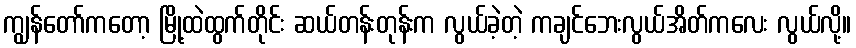
ကျွန်တော်ကတော့ မြို့ထဲထွက်တိုင်း ဆယ်တန်းတုန်းက လွယ်ခဲ့တဲ့ ကချင်ဘေးလွယ်အိတ်ကလေး လွယ်လို့။